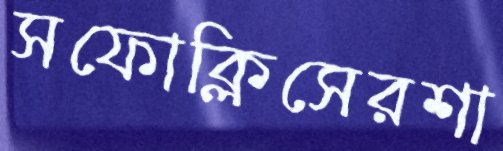
সফোক্লিসেরশা